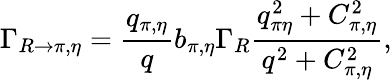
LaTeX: \Gamma_{R\rightarrow\pi,\eta}=\frac{q_{\pi,\eta}}{q}b_{\pi,\eta}\Gamma_{R}\frac{q_{\pi\eta}^{2}+C_{\pi,\eta}^{2}}{q^{2}+C_{\pi,\eta}^{2}},